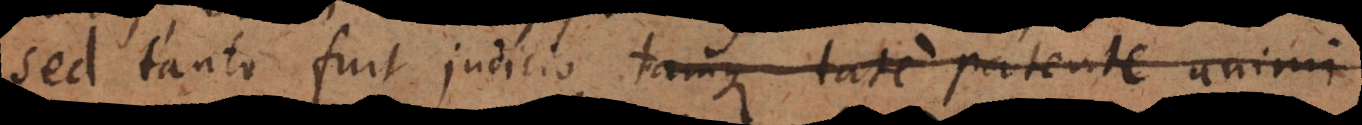
sed tanto fuit judicio tamque tate patente animi